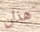
هذان